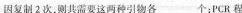
因复制2次，则共需要这两种引物各___个；PCR程